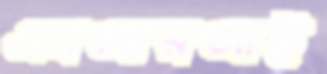
এসআরআই